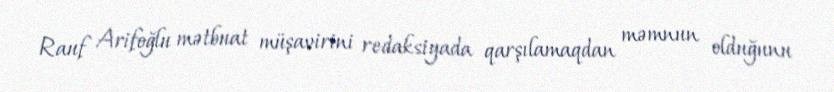
Rauf Arifoğlu mətbuat müşavirini redaksiyada qarşılamaqdan məmnun olduğunu